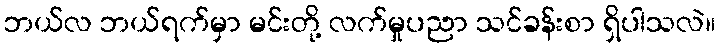
ဘယ်လ ဘယ်ရက်မှာ မင်းတို့ လက်မှုပညာ သင်ခန်းစာ ရှိပါသလဲ။